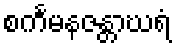
စင်္ကမနဇန္တာဃရံ